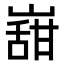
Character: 𭗌